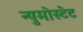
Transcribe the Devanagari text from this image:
न्युमोस्टेट